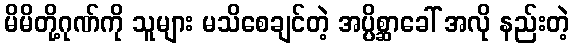
မိမိတို့ဂုဏ်ကို သူများ မသိစေချင်တဲ့ အပ္ပိစ္ဆာခေါ် အလို နည်းတဲ့